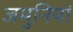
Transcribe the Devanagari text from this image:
जमुनियां